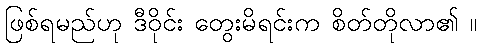
ဖြစ်ရမည်ဟု ဒီဝိုင်း တွေးမိရင်းက စိတ်တိုလာ၏ ။